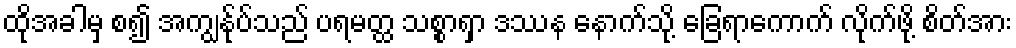
ထိုအခါမှ စ၍ အကျွန်ုပ်သည် ပရမတ္ထ သစ္စာရှာ ဒဿန နောက်သို့ ခြေရာကောက် လိုက်ဖို့ စိတ်အား